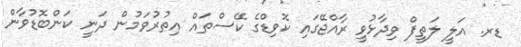
ޑރ. އަލީ ލަތީފް ވިދާޅުވީި ރާއްޖޭގައި ކޮވިޑްގެ ކޭސްތައް އިތުރުވަމުން ދަނީ ކަންބޮޑުވާން